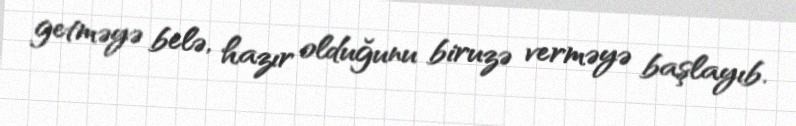
getməyə belə, hazır olduğunu biruzə verməyə başlayıb.